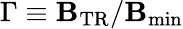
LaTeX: \Gamma\equiv\mathbf{B}_{\mathrm{{TR}}}/\mathbf{B}_{\mathrm{{min}}}